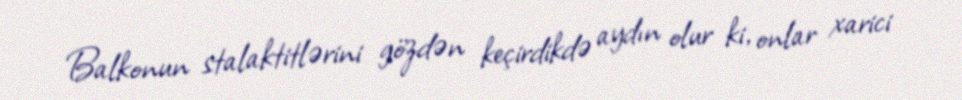
Balkonun stalaktitlərini gözdən keçirdikdə aydın olur ki, onlar xarici